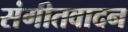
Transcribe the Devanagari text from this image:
संगीतवादन